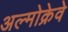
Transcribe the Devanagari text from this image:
अल्मोक्रेवे